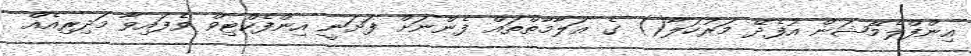
އިންފްލެމޭޝަން އުފެދޭ މަރުހަލާ() ގެ އަލާމާތްތައް ފެންނަށް ފަށަނީ އިންފެކްޓިވް ވެފައިވާ މަދިރިއެއް